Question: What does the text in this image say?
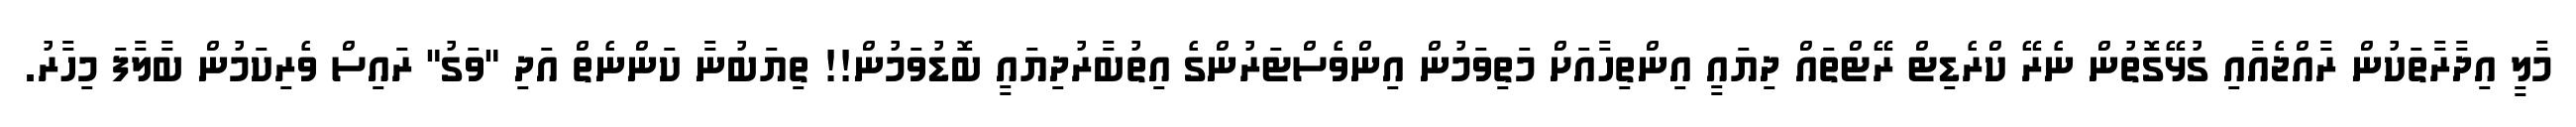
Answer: މާލީ އިދާރާތަކުން ރާއްޖެއާއި ގުޅޭގޮތުން ނެރޭ ކްރެޑިޓް ރޭޓްތައް ދިޔައީ އިންތިހާއަށް މަތިވަމުން އިންވެސްޓަރުންގެ އިތުބާރުދިޔައީ ބޮޑުވަމުން!! ތިޔަބުނާ ކަންނެތް އަދި "ވަގު" ރައިސް ވެރިކަމުން ބާލާފަ މިހާރު.